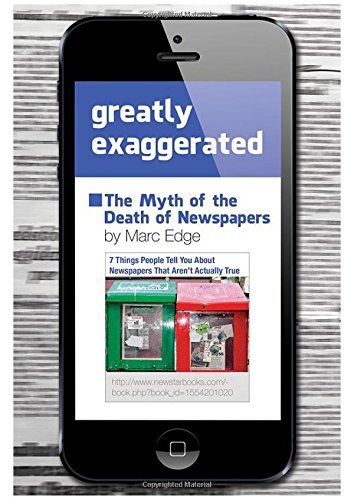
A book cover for Greatly Exaggerated: The Myth of the Death of Newspapers; Marc Edge; Crafts, Hobbies & Home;